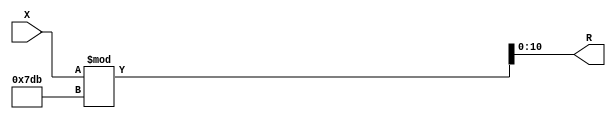
module x_100_mod_2011_reg(
    input [100:1] X,
    output [11:1] R
    );


assign R = X % 2011;

endmodule